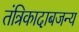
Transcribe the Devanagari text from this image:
तंत्रिकादाबजन्य